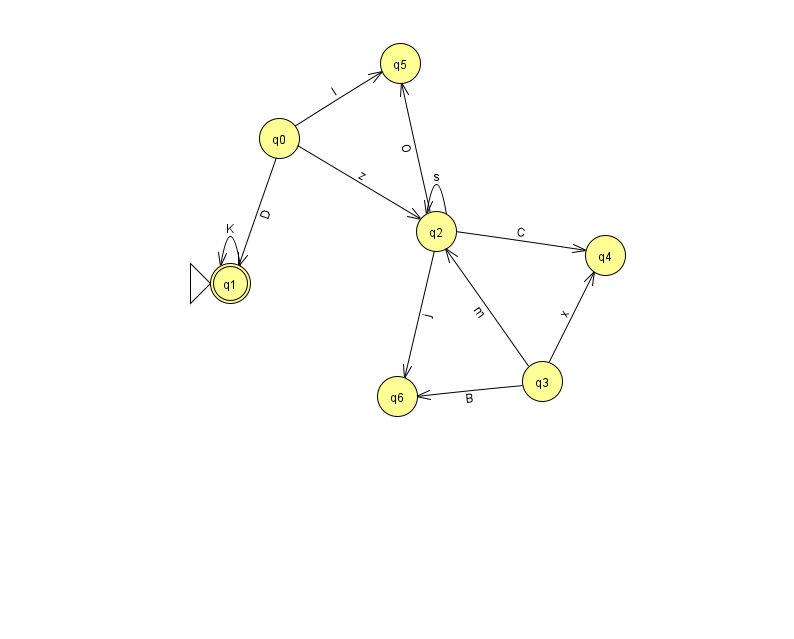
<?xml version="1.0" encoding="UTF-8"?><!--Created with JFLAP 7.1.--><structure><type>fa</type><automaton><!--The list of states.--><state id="0" name="q0"><x>279.0</x><y>125.0</y></state><state id="1" name="q1"><x>230.0</x><y>270.0</y><initial/><final/></state><state id="2" name="q2"><x>436.0</x><y>218.0</y></state><state id="3" name="q3"><x>542.0</x><y>368.0</y></state><state id="4" name="q4"><x>605.0</x><y>242.0</y></state><state id="5" name="q5"><x>400.0</x><y>50.0</y></state><state id="6" name="q6"><x>397.0</x><y>383.0</y></state><!--The list of transitions.--><transition><from>2</from><to>2</to><read>s</read></transition><transition><from>0</from><to>1</to><read>D</read></transition><transition><from>2</from><to>6</to><read>j</read></transition><transition><from>3</from><to>4</to><read>x</read></transition><transition><from>3</from><to>6</to><read>B</read></transition><transition><from>3</from><to>2</to><read>m</read></transition><transition><from>0</from><to>2</to><read>z</read></transition><transition><from>1</from><to>1</to><read>K</read></transition><transition><from>2</from><to>4</to><read>C</read></transition><transition><from>2</from><to>5</to><read>O</read></transition><transition><from>0</from><to>5</to><read>l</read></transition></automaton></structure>